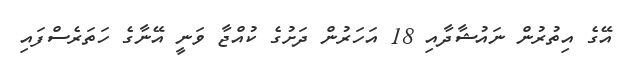
އޭގެ އިތުރުން ނައުޝާދާއި 18 އަހަރުން ދަށުގެ ކުއްޖާ ވަނީ އޭނާގެ ހަތަރެސްފައި